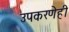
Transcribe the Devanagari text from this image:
उपकरणेही